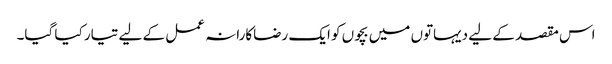
اس مقصد کے لیے دیہاتوں میں بچوں کو ایک رضاکارانہ عمل کے لیے تیار کیا گیا۔